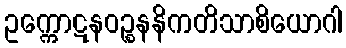
ဥက္ကောဋနဝဉ္စနနိကတိသာစိယောဂါ